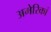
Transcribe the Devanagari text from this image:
अमेरिकां